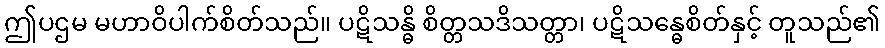
ဤပဌမ မဟာဝိပါက်စိတ်သည်။ ပဋိသန္ဓိ စိတ္တသဒိသတ္တာ၊ ပဋိသန္ဓေစိတ်နှင့် တူသည်၏